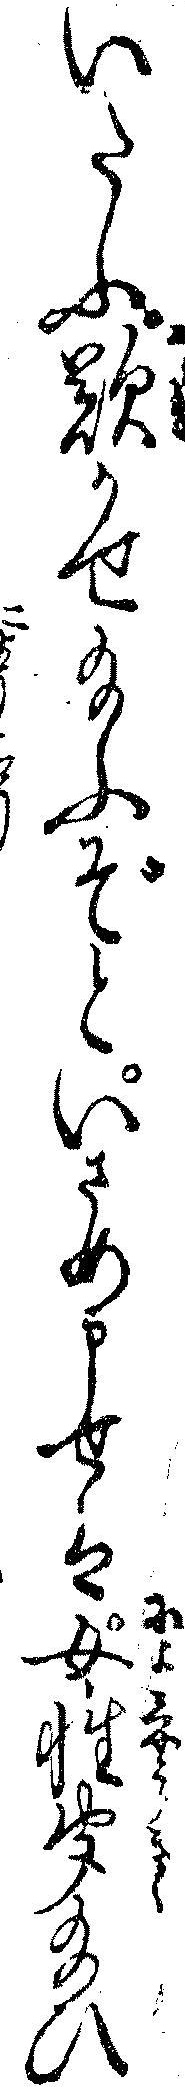
いたふ歎かせ給ふぞといさめ申せは女性聞給ひ